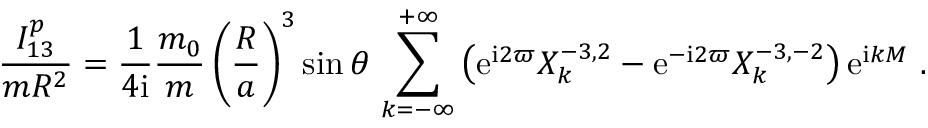
\frac { I _ { 1 3 } ^ { p } } { m R ^ { 2 } } = \frac { 1 } { 4 \mathrm { i } } \frac { m _ { 0 } } { m } \left( \frac { R } { a } \right) ^ { 3 } \sin \theta \, \sum _ { k = - \infty } ^ { + \infty } \left( \mathrm { e } ^ { \mathrm { i } 2 \varpi } X _ { k } ^ { - 3 , 2 } - \mathrm { e } ^ { - \mathrm { i } 2 \varpi } X _ { k } ^ { - 3 , - 2 } \right) \mathrm { e } ^ { \mathrm { i } k M } \ .